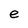
Character: e